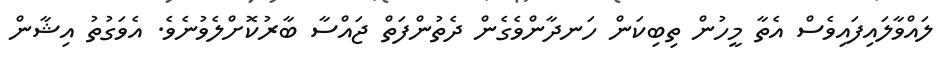
ލައްވާލައިފައިވެސް އެތާ މީހުން ތިބިކަން ހަނދާންވެގެން ދެތުންފަތް ޖައްސާ ބާރުކޮށްލެވުނެވެ. އެވަގުތު އިޝާން